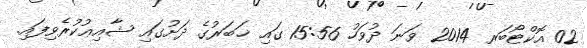
02 އޮކްޓޯބަރ 2014 ވަނަ ދުވަހު 15:56 ގައި ޚަބަރުގެ ދަށުގައި ޝާއިޢުކުރެވިފައި.